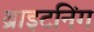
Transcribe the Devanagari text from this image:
ब्राइटनिंग